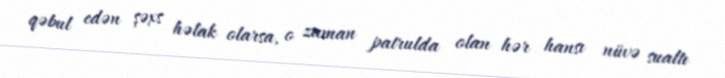
qəbul edən şəxs həlak olarsa, o zaman patrulda olan hər hansı nüvə sualtı